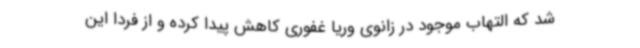
شد که التهاب موجود در زانوی وریا غفوری کاهش پیدا کرده و از فردا این